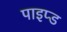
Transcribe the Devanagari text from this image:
पाइप्ड